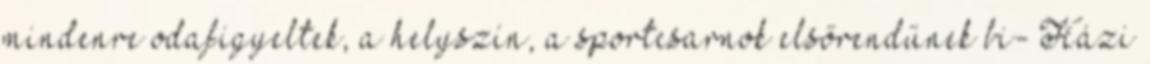
mindenre odafigyeltek, a helyszín, a sportcsarnok elsőrendűnek bi- Házi